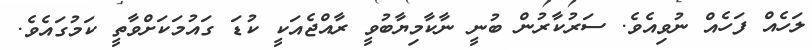
ލަހެއް ފަހެއް ނުވިއެވެ. ސަރުކާރުން ބުނީ ނާކާމިޔާބުވީ ރާއްޖެއަކީ ކުޑަ ގައުމަކަށްވާތީ ކަމުގައެވެ.